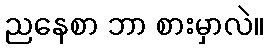
ညနေစာ ဘာ စားမှာလဲ။